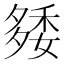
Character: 𥟿